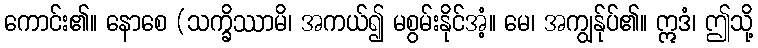
ကောင်း၏။ နောစေ (သက္ခိဿာမိ၊ အကယ်၍ မစွမ်းနိုင်အံ့။ မေ၊ အကျွန်ုပ်၏။ ဣဒံ၊ ဤသို့